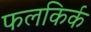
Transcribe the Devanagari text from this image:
फलकिर्क